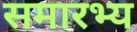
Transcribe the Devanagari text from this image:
समारभ्य